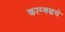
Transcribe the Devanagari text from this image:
काम्बक्षचे